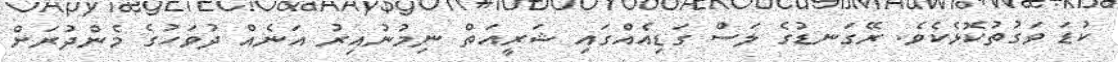
ކުޑަ ވަގުތުކޮޅެކެވެ. ރޭގަނޑުގެ ލަސް ގަޑިއެއްގައި ޝަރީއަތް ނިމުނުއިރު އަނެއް ދުވަހުގެ މެންދުރަށް